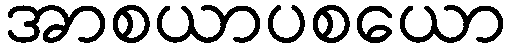
အာစယာပစယော